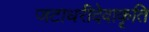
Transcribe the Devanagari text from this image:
जटाधरीदेवाकृति